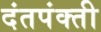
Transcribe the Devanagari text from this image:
दंतपंक्ती